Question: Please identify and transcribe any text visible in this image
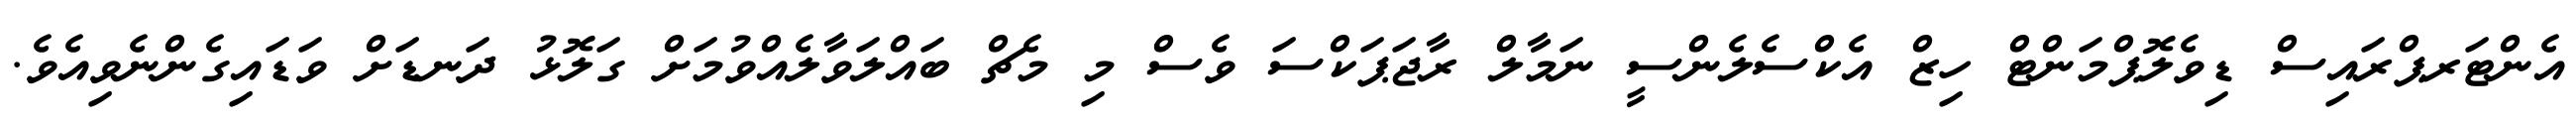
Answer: އެންޓަރޕްރައިސް ޑިވެލޮޕްމަންޓް ހިޒް އެކްސެލެންސީ ނަމާލް ރާޖަޕަކްސަ ވެސް މި މެޗް ބައްލަވާލެއްވުމަށް ގަލޮޅު ދަނޑަށް ވަޑައިގެންނެވިއެވެ.